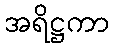
အရိဋ္ဌကာ